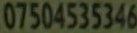
07504535346